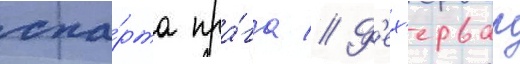
спа́рта пра́га // Ф'ех'ервар